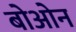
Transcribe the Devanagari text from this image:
बोओन